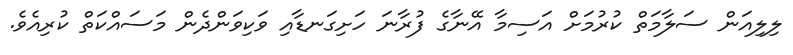
ލިލިއަން ސަލާމަތް ކުރުމަށް އަސިމާ އޭނާގެ ފުރާނަ ހަށިގަނޑާއި ވަކިވަންދެން މަސައްކަތް ކުރިއެވެ.